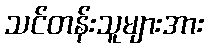
သင်တန်းသူများအား